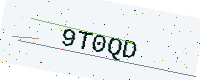
Text: 9T0QD